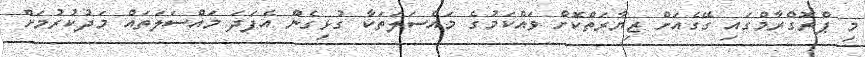
މި ޕްރޮގްރާމްގައި ގޭގެއަށް ޒިޔާރަތްކޮށް ވައްކަމުގެ މައްސަލަތަކާ ގުޅިގެން އެފަދަ މައްސަލަތައް މަދުކުރުމަށް